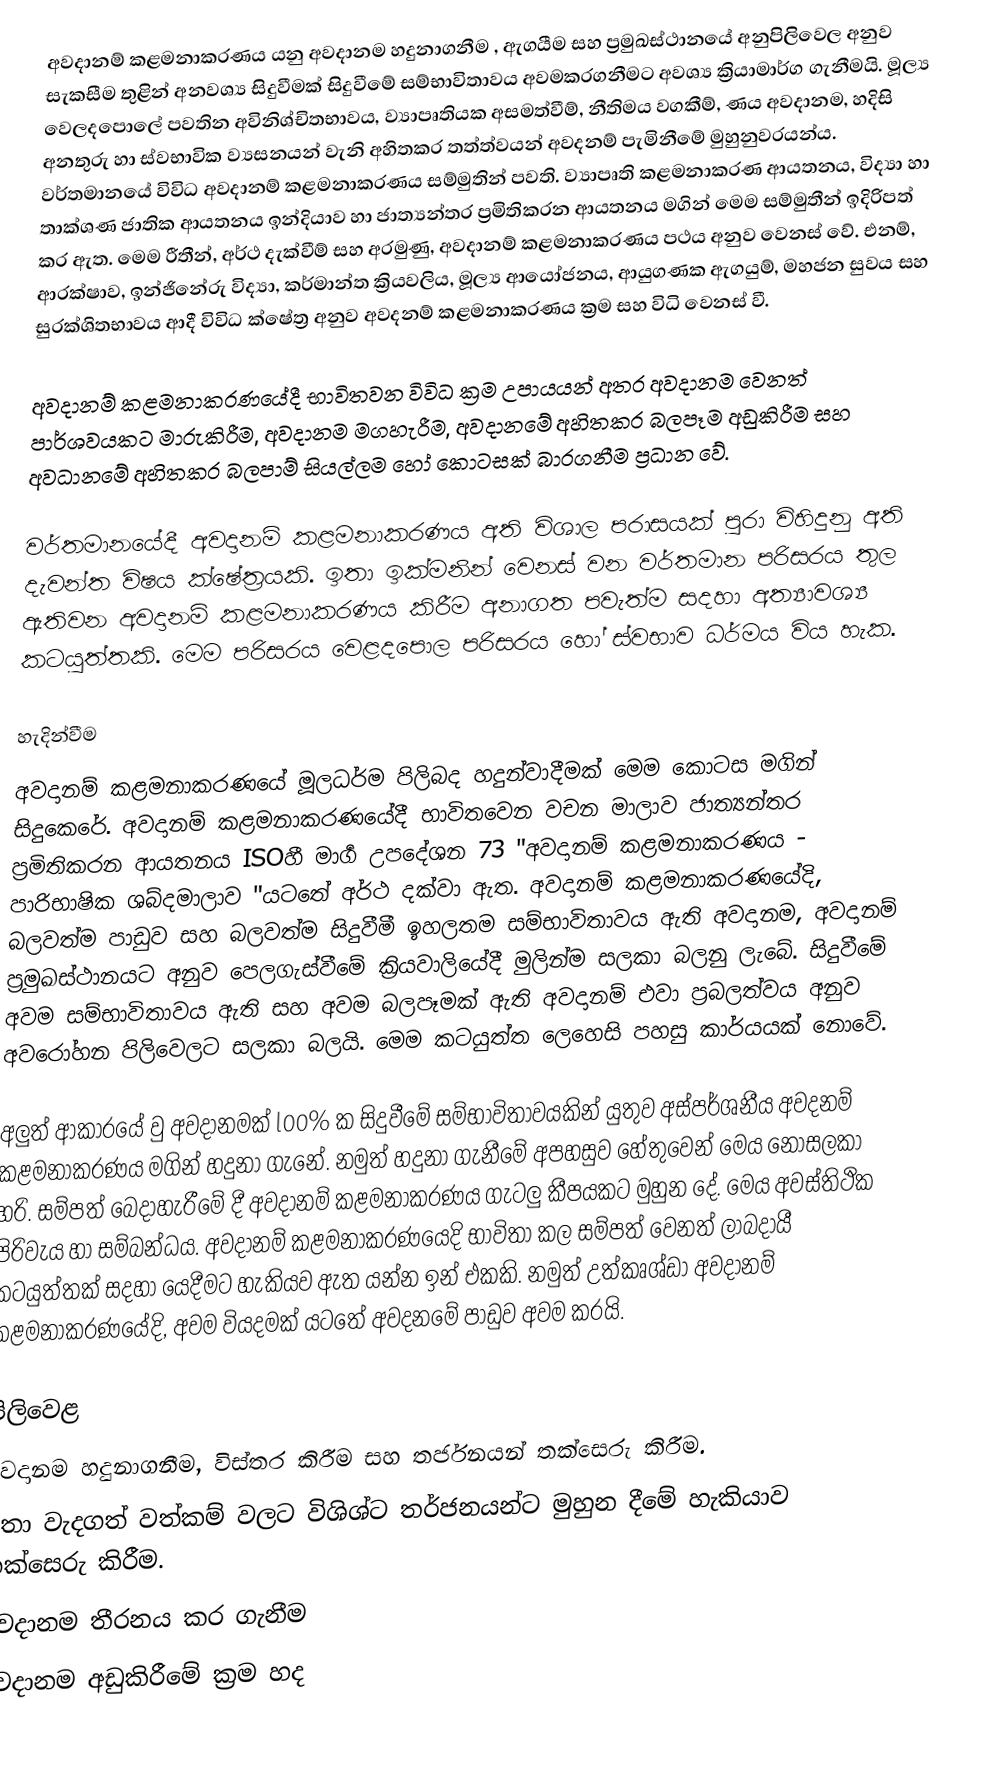
අවදානම් කළමනාකරණය යනු අවදානම හදුනාගනීම , ඇගයීම සහ ප්‍රමුඛස්ථානයේ අනුපිලිවෙල අනුව සැකසීම තුළින් අනවශ්‍ය සිදුවීමක් සිදුවීමේ සම්භාවිතාවය අවමකරගනීමට අවශ්‍ය ක්‍රියාමාර්ග ගැනීමයි. මූල්‍ය වෙලදපොලේ පවතින අවිනිශ්චිතභාවය, ව්‍යාපෘතියක අසමත්වීම්, නීතිමය වගකීම්, ණය අවදානම, හදිසි අනතුරු හා ස්වභාවික ව්‍යසනයන් වැනි අහිතකර තත්ත්වයන් අවදනම් පැමිනීමේ මුහුනුවරයන්ය. වර්තමානයේ විවිධ අවදානම් කළමනාකරණය සම්මුතින් පවති. ව්‍යාපෘති කළමනාකරණ ආයතනය, විද්‍යා හා තාක්ශණ ජාතික ආයතනය ඉන්දියාව හා ජාත්‍යන්තර ප්‍රමිතිකරන ආයතනය මගින් මෙම සම්මුතීන් ඉදිරිපත් කර ඇත. මෙම රීතීන්, අර්ථ දැක්වීම් සහ අරමුණු, අවදානම් කළමනාකරණය පථය අනුව වෙනස් වේ. එනම්, ආරක්ෂාව, ඉන්ජිනේරු විද්‍යා, කර්මාන්ත ක්‍රියවලිය, මූල්‍ය ආයෝජනය, ආයුගණක ඇගයුම්, මහජන සුවය සහ සුරක්ශිතභාවය ආදී විවිධ ක්ෂේත්‍ර අනුව අවදනම් කළමනාකරණය ක්‍රම සහ විධි වෙනස් වී.

අවදානම් කළමනාකරණයේදී භාවිතවන විවිධ ක්‍රම උපායයන් අතර අවදානම වෙනත් පාර්ශවයකට මාරුකිරීම, අවදානම මගහැරීම, අවදානමේ අහිතකර බලපෑම අඩුකිරීම සහ අවධානමේ අහිතකර බලපාම් සියල්ලම හෝ කොටසක් බාරගනීම ප්‍රධාන වේ.

වර්තමානයේදී අවදානම් කළමනාකරණය අති විශාල පරාසයක් පුරා විහිදුනු අති දැවන්ත විෂය ක්ෂේත්‍රයකි. ඉතා ඉක්මනින් වෙනස් වන වර්තමාන පරිසරය තුල ඇතිවන අවදානම් කළමනාකරණය කිරීම අනාගත පවැත්ම සදහා අත්‍යාවශ්‍ය කටයුත්තකි. මෙම පරිසරය වෙළදපොල පරිසරය හෝ ස්වභාව ධර්මය විය හැක.

හැදින්වීම
අවදානම් කළමනාකරණයේ මූලධර්ම පිලිබද හදුන්වාදීමක් මෙම කොටස මගින් සිදුකෙරේ. අවදානම් කළමනාකරණයේදී භාවිතවෙන වචන මාලාව ජාත්‍යන්තර ප්‍රමිතිකරන ආයතනය ISOහී මාර්‍ග උපදේශන 73 "අවදානම් කළමනාකරණය - පාරිභාෂික ශබ්දමාලාව "යටතේ අර්ථ දක්වා ඇත. අවදානම් කළමනාකරණයේදි, බලවත්ම පාඩුව සහ බලවත්ම සිදුවීමී ඉහලතම සම්භාවිතාවය ඇති අවදානම, අවදානම් ප්‍රමුඛස්ථානයට අනුව පෙලගැස්වීමේ ක්‍රියවාලියේදී මුලින්ම සලකා බලනු ලැබේ. සිදුවීමේ අවම සම්භාවිතාවය ඇති සහ අවම බලපෑමක් ඇති අවදානම් එවා ප්‍රබලත්වය අනුව අවරෝහන පිලිවෙලට සලකා බලයි. මෙම කටයුත්ත ලෙහෙසි පහසු කාර්යයක් නොවේ.

අලුත් ආකාරයේ වු අවදානමක් l00% ක සිදුවීමේ සම්භාවිතාවයකින් යුතුව අස්පර්ශනීය අවදනම් කළමනාකරණය මගින් හදුනා ගැනේ. නමුත් හදුනා ගැනීමේ අපහසුව හේතුවෙන් මෙය නොසලකා හරි. සම්පත් බෙදාහැරීමේ දී අවදානම් කළමනාකරණය ගැටලු කීපයකට මුහුන දේ. මෙය අවස්තිථික පිරිවැය හා සම්බන්ධය. අවදානම් කළමනාකරණයෙදි භාවිතා කල සම්පත් වෙනත් ලාබදායී කටයුත්තක් සදහා යෙදීමට හැකියව ඇත යන්න ඉන් එකකි. නමුත් උත්කෘශ්ඩා අවදානම් කළමනාකරණයේදි, අවම වියදමක් යටතේ අවදනමේ පාඩුව අවම කරයි.

පිලිවෙළ
අවදානම හදුනාගනීම, විස්තර කිරීම සහ තර්ජනයන් තක්සෙරු කිරීම.
ඉතා වැදගත් වත්කම් වලට විශිශ්ට තර්ජනයන්ට මුහුන දීමේ හැකියාව තක්සෙරු කිරීම.
අවදානම තීරනය කර ගැනීම
අවදානම අඩුකිරීමේ ක්‍රම හද